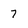
Character: 7